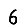
Digit: 6